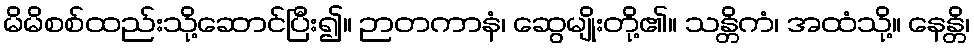
မိမိစစ်ထည်းသို့ဆောင်ပြီး၍။ ဉာတကာနံ၊ ဆွေမျိုးတို့၏။ သန္တိကံ၊ အထံသို့။ နေန္တိ၊